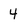
Character: 4